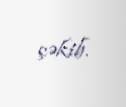
çəkib.